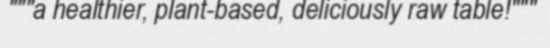
"""a healthier, plant-based, deliciously raw table!"""